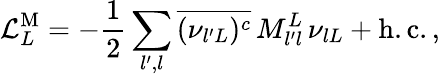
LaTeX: \mathcal{L}_{L}^{\mathrm{M}}=-\frac{1}{2}\sum_{l^{\prime},l}\overline{{{(\nu_{{l^{\prime}}L})^{c}}}}\, M_{l^{\prime}l}^{L}\, \nu_{{l}L}+\mathrm{h.c.}\, ,